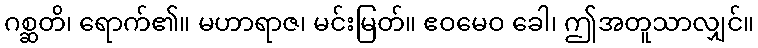
ဂစ္ဆတိ၊ ရောက်၏။ မဟာရာဇ၊ မင်းမြတ်။ ဧဝမေဝ ခေါ၊ ဤအတူသာလျှင်။